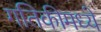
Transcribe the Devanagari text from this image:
गतिकीमध्ये